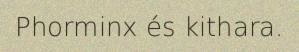
Phorminx és kithara.